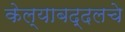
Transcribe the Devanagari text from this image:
केल्याबद्दलचे